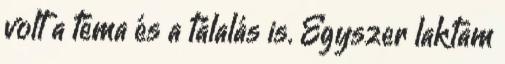
volt a téma és a tálalás is. Egyszer laktam